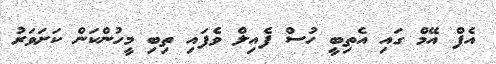
އެފް އޭމް ގައި އެތިބީ ހުސް ފެއިލް ވެފައި ތިބި މީހުންކަން ކަށަވަރު